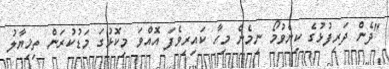
"ދެން ދަރިފުޅުގެ ކިޔެވުމޯ ނިމެން މިހާ ކައިރިވެފަ އޮއްވަ މިކޮޅުގަ މަޑުކުރަން ތިޚިޔާލު